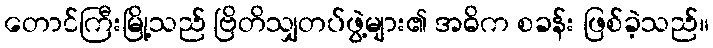
တောင်ကြီးမြို့သည် ဗြိတိသျှတပ်ဖွဲ့များ၏ အဓိက စခန်း ဖြစ်ခဲ့သည်။